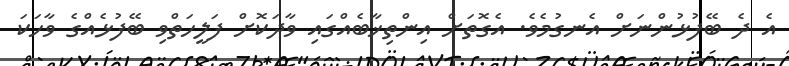
އެ ދެ ބޭފުޅުންނަށް އެނގުމެވެ. އެގޮތަށް އިންތިޚާބެއްގައި ވާދަކޮށް ފަލީހަތްވި ބޭފުޅެއްގެ ވާހަކަ